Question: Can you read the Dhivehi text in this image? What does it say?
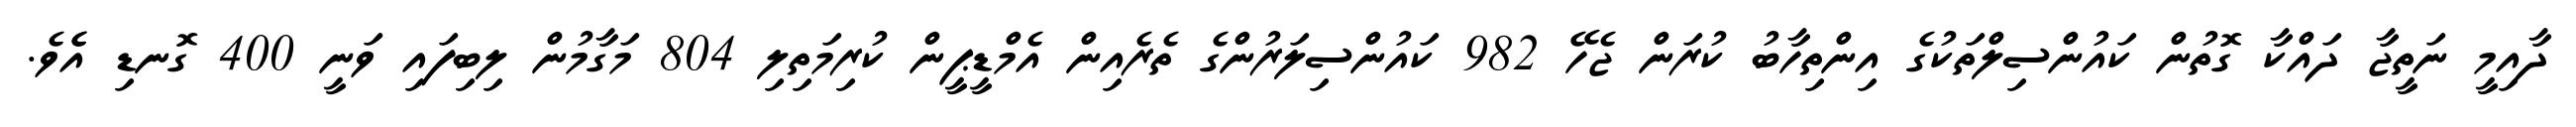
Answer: ދާއިމީ ނަތީޖާ ދައްކާ ގޮތުން ކައުންސިލްތަކުގެ އިންތިހާބު ކުރަން ޖެހޭ 982 ކައުންސިލަރުންގެ ތެރެއިން އެމްޑީޕީން ކުރިމަތިލި 804 މަގާމުން ލިބިފައި ވަނީ 400 ގޮނޑި އެެވެ.